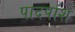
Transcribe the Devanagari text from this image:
पादपांश